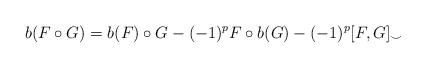
LaTeX: \begin{align*} b(F\circ G)=b(F)\circ G - (-1)^p F\circ b(G) - (-1)^p [F, G]_{\smile}\end{align*}